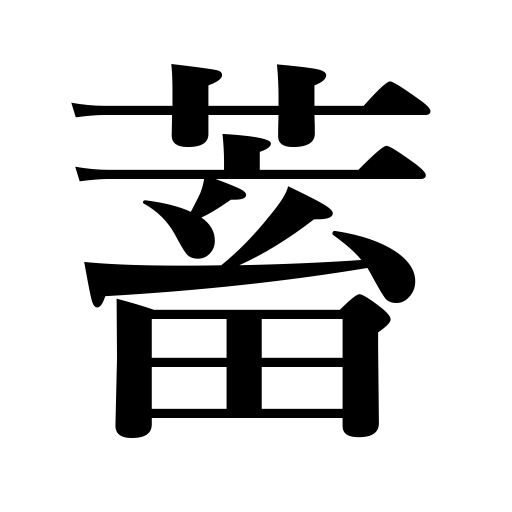
Meanings: lay in stock,savings,wear a mustache,hoard,store,save